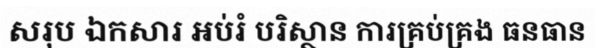
សរុប ឯកសារ អប់រំ បរិស្ថាន ការគ្រប់គ្រង ធនធាន